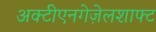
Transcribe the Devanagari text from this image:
अक्टीएनगेज़ेलशाफ्ट